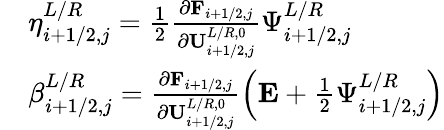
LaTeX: \begin{array}{rl}&{\eta_{i+1/2,j}^{L/R}=\frac{1}{2}\frac{\partial\mathbf{F}_{i+1/2,j}}{\partial\mathbf{U}_{i+1/2,j}^{L/R,0}}\Psi_{i+1/2,j}^{L/R}}\\ &{\beta_{i+1/2,j}^{L/R}=\frac{\partial\mathbf{F}_{i+1/2,j}}{\partial\mathbf{U}_{i+1/2,j}^{L/R,0}}\left(\mathbf{E}+\frac{1}{2}\Psi_{i+1/2,j}^{L/R}\right)}\end{array}